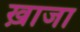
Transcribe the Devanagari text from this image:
ख़ाजा